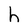
Character: h